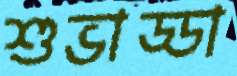
শুভাড্ডা